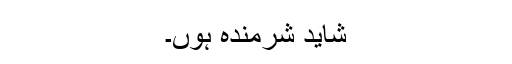
شاید شرمندہ ہوں۔